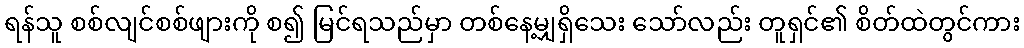
ရန်သူ စစ်လျင်စစ်ဖျားကို စ၍ မြင်ရသည်မှာ တစ်နေ့မျှရှိသေး သော်လည်း တူရှင်၏ စိတ်ထဲတွင်ကား